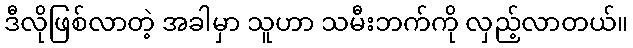
ဒီလိုဖြစ်လာတဲ့ အခါမှာ သူဟာ သမီးဘက်ကို လှည့်လာတယ်။